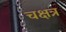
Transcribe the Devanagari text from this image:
चक्षत्र